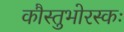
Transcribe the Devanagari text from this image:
कौस्तुभोरस्कः